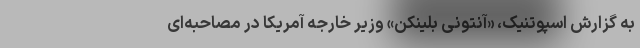
به گزارش اسپوتنیک، «آنتونی بلینکن» وزیر خارجه آمریکا در مصاحبه‌ای